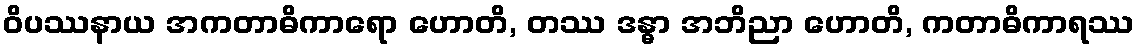
ဝိပဿနာယ အကတာဓိကာရော ဟောတိ, တဿ ဒန္ဓာ အဘိညာ ဟောတိ, ကတာဓိကာရဿ